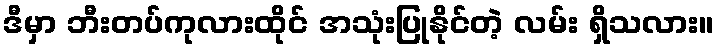
ဒီမှာ ဘီးတပ်ကုလားထိုင် အသုံးပြုနိုင်တဲ့ လမ်း ရှိသလား။